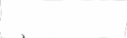
١٣